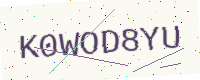
Text: K0WOD8YU